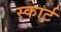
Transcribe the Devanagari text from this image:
स्कार्ट